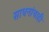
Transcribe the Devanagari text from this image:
साधनांचाही